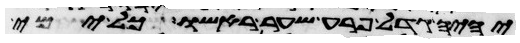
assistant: יהיה גדל פרע שער ראשו כל ימי